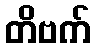
တိဗက်